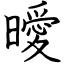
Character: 曖